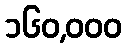
၁၆၀,၀၀၀